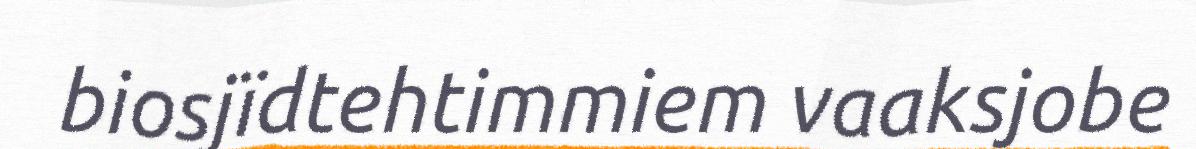
biosjïdtehtimmiem vaaksjobe